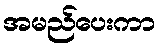
အမည်ပေးကာ